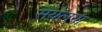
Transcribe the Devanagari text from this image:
सयलगा